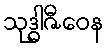
သုဒ္ဓါဇီဝေန